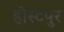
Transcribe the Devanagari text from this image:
होस्टपुर